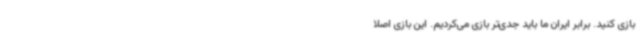
بازی کنید. برابر ایران ما باید جدی‌تر بازی می‌کردیم. این بازی اصلا